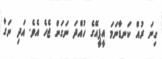
ގިނަ ރުއް ކަނޑާނަމަ އީޕީއޭގެ ހުއްދަ ނަގަން ޖެހެ އެވެ. އަދި ނަގާ